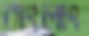
বাংলাং